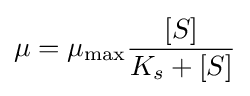
\mu =\mu _{\max }{\frac {[S]}{K_{s}+[S]}}